Lunatic asylums United Provinces 1909-1921 - 1909-1921
Year: 1909
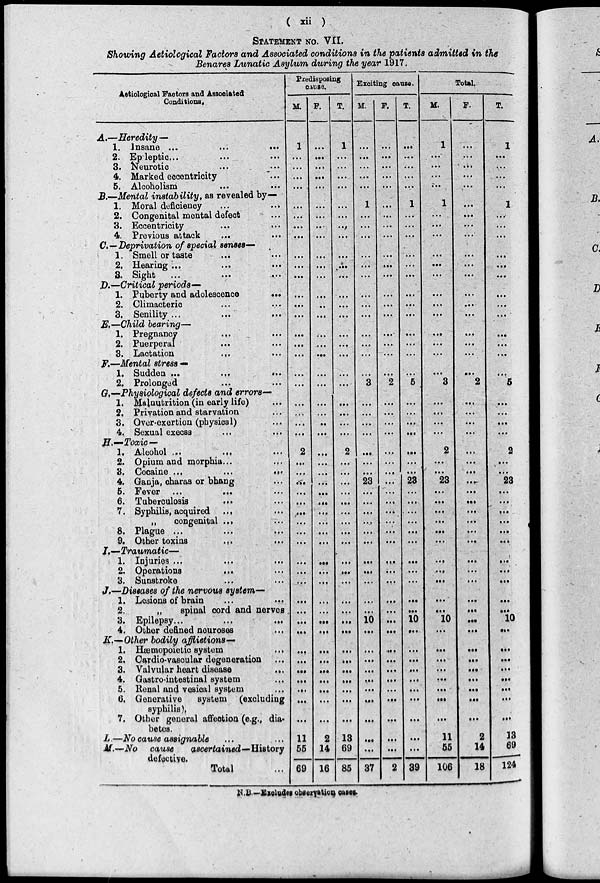
( xii )
STATEMENT NO. VII.
Showing Aetiological Factors and Associated conditions in the patients admitted in the
Benares Lunatic Asylum during the year 1917.
Aetiological Factors and Associated
Conditions.
A.—Heredity—
1. Insane
...
…
…
2. Epileptic ... ... ...
3. Neurotic ... ...
4. Marked eccentricity ...
5. Alcoholism ... ...
B.—Mental instability, as revealed by—
1. Moral deficiency
...
...
2. Congenital mental defect ...
3. Eccentricity ... …
4. Previous attack ... …
C.—Deprivation of special senses—
1. Smell or taste ... …
2. Hearing ...
...
...
3. Sight
...
...
...
D.—Critical periods—
1. Puberty and adolescence
...
2. Climacteric ... …
3. Senility ... … …
E.—Child bearing—
1. Pregnancy
...
…
2. Puerperal ... …
3. Lactation
...
…
F.—Mental stress —
1. Sudden ...
...
...
2. Prolonged ... ...
G.—Physiological defects and errors—
1. Malnutrition (in early life) ...
2. Privation and starvation ...
3. Over-exertion (physical) ...
4. Sexual execss
... ...
H.—Toxic—
1. Alcohol ... ... ...
2. Opium and morphia...
...
3. Cocaine ...
...
...
4. Ganja, charas or bhang ...
5. Fever ... … ...
6. Tuberculosis ... ...
7. Syphilis, acquired ... ...
„
congenital ... …
8. Plague ... ... …
9. Other toxins ... ...
I.—Traumatic—
1. Injuries ...
...
2. Operations
...
…
3. Sunstroke ... …
J.—Diseases of the nervous system—
1. Lesions of brain
...
...
2.
„
spinal cord and nerves
3. Epilepsy ... …
4. Other defined neuroses ...
K.—Other bodily afflictions—
1. Hæmopoietic system ...
2. Cardio-vascular degeneration ...
3. Valvular heart disease
...
4. Gastro-intestinal system ...
5. Renal and vesical system ...
6. Generative system (excluding
syphilis),
7. Other general affection (e.g., dia-
betes.
L —No cause assignable ... ...
M.—No cause
ascertained—History
defective.
Total ...
Predisposing
cause.
M.
1
...
...
...
...
...
...
...
...
...
...
...
...
...
...
...
...
...
...
...
...
...
...
...
2
...
...
...
...
...
...
...
...
...
...
...
...
...
...
...
...
...
...
...
...
...
...
...
11
55
69
F.
...
...
...
...
...
...
...
...
...
...
...
...
...
...
...
...
...
...
...
...
...
...
...
...
...
...
...
...
...
...
...
...
...
...
...
...
...
...
...
...
...
...
...
...
...
...
...
...
2
14
16
T.
1
...
...
...
...
...
...
...
...
...
...
...
...
...
...
...
...
...
...
...
...
...
...
...
2
...
...
...
...
...
...
...
...
...
...
...
...
...
...
...
...
...
...
...
...
...
...
...
13
69
85
Exciting cause.
M.
...
...
...
...
...
1
...
...
...
...
...
...
...
...
...
...
...
...
...
3
...
...
...
...
...
...
...
23
...
...
...
...
...
...
...
...
...
...
...
10
...
...
...
...
...
...
...
...
...
...
37
F.
...
...
...
...
...
...
...
...
...
...
...
...
...
...
...
...
...
...
...
2
...
...
...
...
...
...
...
...
...
...
...
...
...
...
...
...
...
...
...
...
...
...
...
...
...
...
...
...
...
...
2
T.
...
...
...
...
...
1
...
...
...
...
...
...
...
...
...
...
...
...
...
5
...
...
...
...
...
...
...
23
...
...
...
...
...
...
...
...
...
...
...
10
...
...
...
...
...
...
...
...
...
...
39
Total.
M.
1
...
...
...
...
1
...
...
...
...
...
...
...
...
...
...
...
...
...
3
...
...
...
...
2
...
...
23
...
...
...
...
...
...
...
...
...
...
...
10
...
...
...
...
...
...
...
...
11
55
106
F.
...
...
...
...
...
...
...
...
...
...
...
...
...
...
...
...
...
...
...
2
...
...
...
...
...
...
...
...
...
...
...
...
...
...
...
...
...
...
...
...
...
...
...
...
...
...
...
...
2
14
18
T.
1
...
...
...
...
1
...
...
...
...
...
...
...
...
...
...
...
...
...
5
...
...
...
...
2
...
...
23
...
...
...
...
...
...
...
...
...
...
...
10
...
...
...
...
...
...
...
...
13
69
124
N.B.—Excludes observation cases.